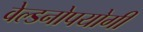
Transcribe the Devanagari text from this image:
वेल्डनोपयोगी